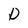
Character: D